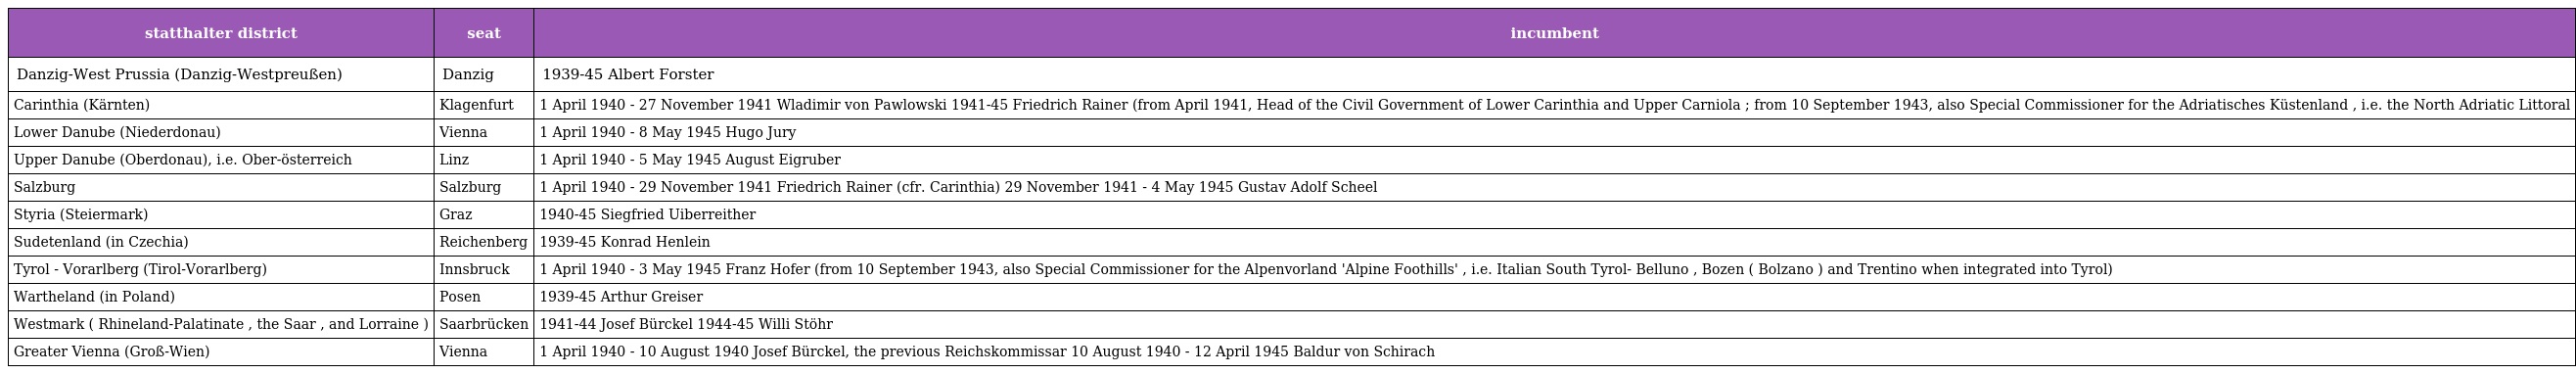
| statthalter district | seat | incumbent |
 | --- | --- | --- |
 | Danzig-West Prussia (Danzig-Westpreußen) | Danzig | 1939-45 Albert Forster |
 | Carinthia (Kärnten) | Klagenfurt | 1 April 1940 - 27 November 1941 Wladimir von Pawlowski 1941-45 Friedrich Rainer (from April 1941, Head of the Civil Government of Lower Carinthia and Upper Carniola ; from 10 September 1943, also Special Commissioner for the Adriatisches Küstenland , i.e. the North Adriatic Littoral |
 | Lower Danube (Niederdonau) | Vienna | 1 April 1940 - 8 May 1945 Hugo Jury |
 | Upper Danube (Oberdonau), i.e. Ober-österreich | Linz | 1 April 1940 - 5 May 1945 August Eigruber |
 | Salzburg | Salzburg | 1 April 1940 - 29 November 1941 Friedrich Rainer (cfr. Carinthia) 29 November 1941 - 4 May 1945 Gustav Adolf Scheel |
 | Styria (Steiermark) | Graz | 1940-45 Siegfried Uiberreither |
 | Sudetenland (in Czechia) | Reichenberg | 1939-45 Konrad Henlein |
 | Tyrol - Vorarlberg (Tirol-Vorarlberg) | Innsbruck | 1 April 1940 - 3 May 1945 Franz Hofer (from 10 September 1943, also Special Commissioner for the Alpenvorland 'Alpine Foothills' , i.e. Italian South Tyrol- Belluno , Bozen ( Bolzano ) and Trentino when integrated into Tyrol) |
 | Wartheland (in Poland) | Posen | 1939-45 Arthur Greiser |
 | Westmark ( Rhineland-Palatinate , the Saar , and Lorraine ) | Saarbrücken | 1941-44 Josef Bürckel 1944-45 Willi Stöhr |
 | Greater Vienna (Groß-Wien) | Vienna | 1 April 1940 - 10 August 1940 Josef Bürckel, the previous Reichskommissar 10 August 1940 - 12 April 1945 Baldur von Schirach |